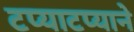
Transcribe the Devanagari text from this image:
टप्याटप्याने